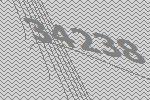
34238